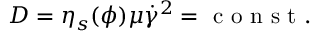
D = \eta _ { s } ( \phi ) \mu \dot { \gamma } ^ { 2 } = \mathrm { ~ c ~ o ~ n ~ s ~ t ~ . ~ }